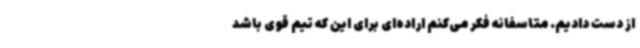
از دست دادیم. متاسفانه فکر می‌کنم اراده‌ای برای این که تیم قوی باشد